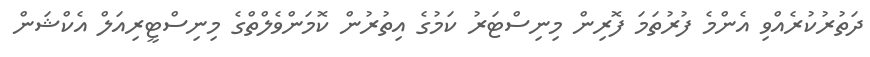
ދަތުރުކުރެއްވި އެންމެ ފުރުތަމަ ފޮރިން މިނިސްޓަރު ކަަމުގެ އިތުރުން ކޮމަންވެލްތްގެ މިިނިސްޓީރިއަލް އެކްޝަން